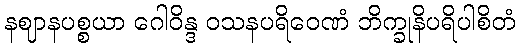
နဈာနပစ္စယာ ဂေါဝိန္ဒ ဝသနပရိဝေဏံ ဘိက္ခုနိပရိပါစိတံ